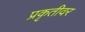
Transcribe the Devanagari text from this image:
प्रकृतीवर